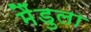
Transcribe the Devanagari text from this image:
मैंडुला